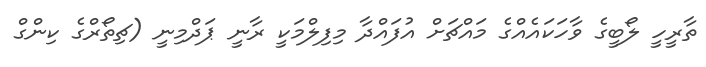
ތާރީހީ ލޯބީގެ ވާހަކައެއްގެ މައްޗަށް އުފައްދާ މިފިލްމަކީ ރާނީ ޕަދްމިނީ (ޗިތޯރްގެ ކިންގް